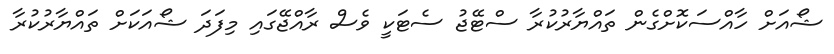
ޝޯއަށް ހާއްސަކޮށްގެން ތައްޔާރުކުރާ ސްޓޭޖު ސެޓަކީ ވެސް ރާއްޖޭގައި މިފަދަ ޝޯއަކަށް ތައްޔާރުކުރާ